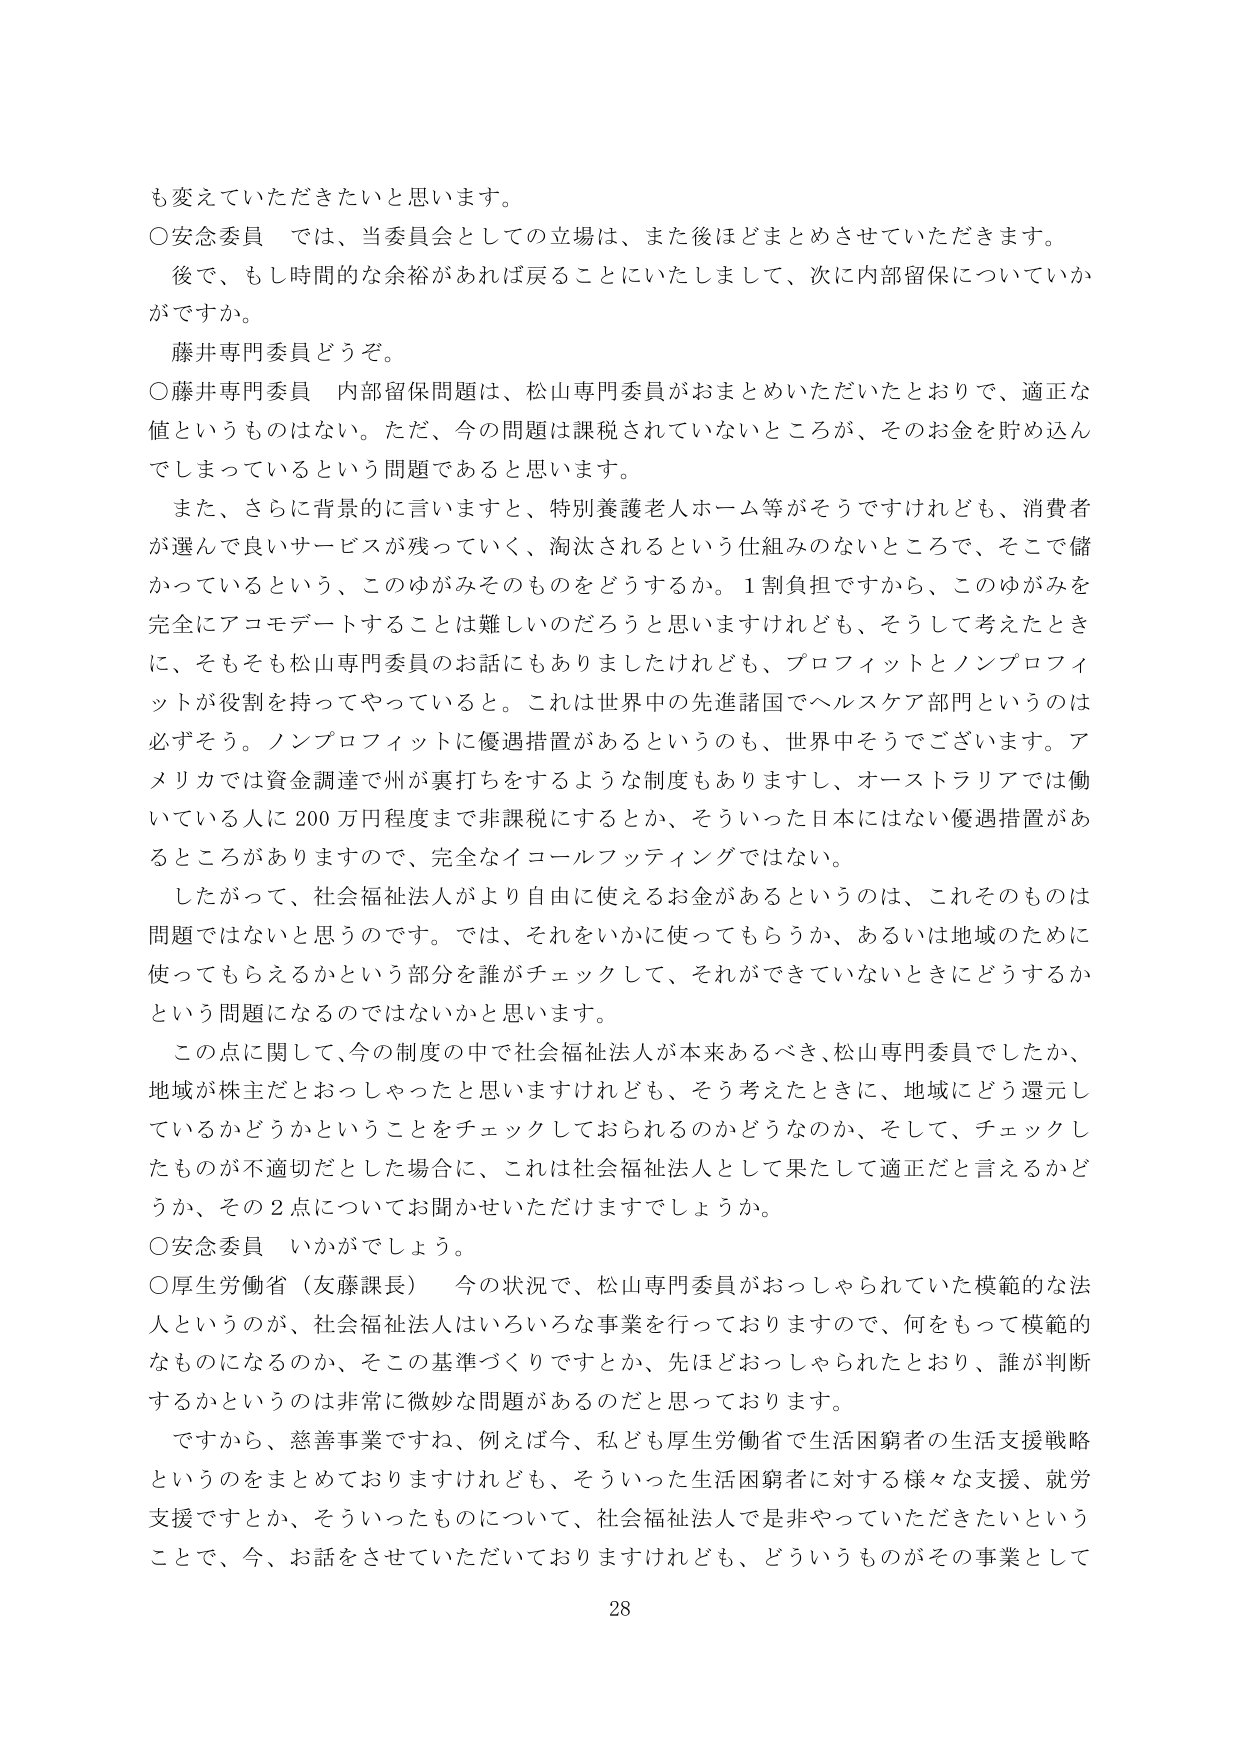
も変えていただきたいと思います。

○安念委員　では、当委員会としての立場は、また後ほどまとめさせていただきます。
　　後で、もし時間的な余裕があれば戻ることにいたしまして、次に内部留保についていかがですか。
　　藤井専門委員どうぞ。

○藤井専門委員　内部留保問題は、松山専門委員がおまとめいただいたとおりで、適正な値というものはない。ただ、今の問題は課税されていないところが、そのお金を貯め込んでしまっているという問題であると思います。

　　また、さらに背景的に言いますと、特別養護老人ホーム等がそうですけれども、消費者が選んで良いサービスが残っていく、淘汰されるという仕組みのないところで、そこで儲かっているという、このゆがみそのものをどうするか。１割負担ですから、このゆがみを完全にアコモデートすることは難しいのだろうと思いますけれども、そうして考えたときに、そもそも松山専門委員のお話にもありましたけれども、プロフィットとノンプロフィットが役割を持ってやっていると。これは世界中の先進諸国でヘルスケア部門というのは必ずそう。ノンプロフィットに優遇措置があるというのも、世界中そうでございます。アメリカでは資金調達で州が裏打ちをするような制度もありますし、オーストラリアでは働いている人に200万円程度まで非課税にするとか、そういった日本にはない優遇措置があるところがありますので、完全なイコールフッティングではない。

　　したがって、社会福祉法人がより自由に使えるお金があるというのは、これそのものは問題ではないと思うのです。では、それをいかに使ってもらうか、あるいは地域のために使ってもらえるかという部分を誰がチェックして、それができていないときにどうするかという問題になるのではないかと思います。

　　この点に関して、今の制度の中で社会福祉法人が本来あるべき、松山専門委員でしたか、地域が株主だとおっしゃったと思いますけれども、そう考えたときに、地域にどう還元しているかどうかということをチェックしておられるのかどうなのか、そして、チェックしたものが不適切だとした場合に、これは社会福祉法人として果たして適正だと言えるかどうか、その2点についてお聞かせいただけますでしょうか。

○安念委員　いかがでしょう。

○厚生労働省（友藤課長）　今の状況で、松山専門委員がおっしゃられていた模範的な法人というのが、社会福祉法人はいろいろな事業を行っておりますので、何をもって模範的なものになるのか、そこの基準づくりですとか、先ほどおっしゃられたとおり、誰が判断するかというのは非常に微妙な問題があるのだと思っております。

　　ですから、慈善事業ですね、例えば今、私ども厚生労働省で生活困窮者の生活支援戦略というのをまとめておりますけれども、そういった生活困窮者に対する様々な支援、就労支援ですとか、そういったものについて、社会福祉法人で是非やっていただきたいということで、今、お話をさせていただいておりますけれども、どういうものがその事業として

28